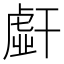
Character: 𰏭